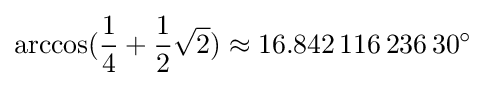
\arccos({\frac {1}{4}}+{\frac {1}{2}}{\sqrt {2}})\approx 16.842\,116\,236\,30^{\circ }